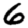
Digit: 6